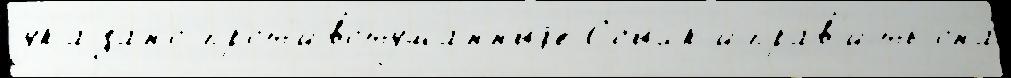
ука́зано прот'ивотуманныjе Ссылк'иправ'ить она́